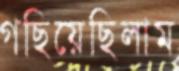
গছিয়েছিলাম